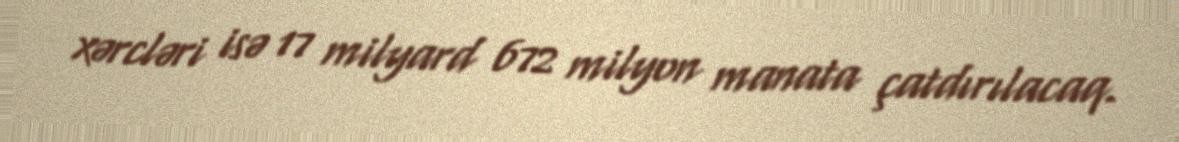
xərcləri isə 17 milyard 672 milyon manata çatdırılacaq.